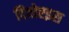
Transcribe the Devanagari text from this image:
दिवोएइस